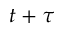
t + \tau